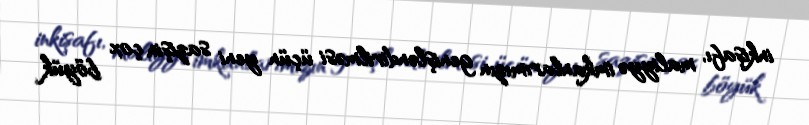
inkişafı, maliyyə imkanlarımızın genişləndirilməsi üçün yeni sazişin çox böyük